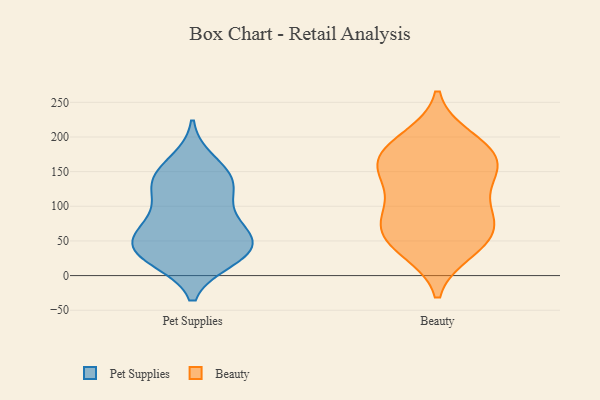
{"axis": {"x": "Budget (USD K)", "y": "Value"}, "legend": ["Beauty", "Pet Supplies"], "data": [{"x": "", "y": 164, "type": "Pet Supplies"}, {"x": "", "y": 69, "type": "Pet Supplies"}, {"x": "", "y": 46, "type": "Pet Supplies"}, {"x": "", "y": 125, "type": "Pet Supplies"}, {"x": "", "y": 143, "type": "Pet Supplies"}, {"x": "", "y": 24, "type": "Pet Supplies"}, {"x": "", "y": 138, "type": "Pet Supplies"}, {"x": "", "y": 33, "type": "Pet Supplies"}, {"x": "", "y": 102, "type": "Pet Supplies"}, {"x": "", "y": 27, "type": "Pet Supplies"}, {"x": "", "y": 67, "type": "Pet Supplies"}, {"x": "", "y": 68, "type": "Pet Supplies"}, {"x": "", "y": 134, "type": "Pet Supplies"}, {"x": "", "y": 40, "type": "Pet Supplies"}, {"x": "", "y": 37, "type": "Pet Supplies"}, {"x": "", "y": 81, "type": "Beauty"}, {"x": "", "y": 131, "type": "Beauty"}, {"x": "", "y": 164, "type": "Beauty"}, {"x": "", "y": 82, "type": "Beauty"}, {"x": "", "y": 113, "type": "Beauty"}, {"x": "", "y": 44, "type": "Beauty"}, {"x": "", "y": 152, "type": "Beauty"}, {"x": "", "y": 199, "type": "Beauty"}, {"x": "", "y": 62, "type": "Beauty"}, {"x": "", "y": 71, "type": "Beauty"}, {"x": "", "y": 195, "type": "Beauty"}, {"x": "", "y": 82, "type": "Beauty"}, {"x": "", "y": 39, "type": "Beauty"}, {"x": "", "y": 35, "type": "Beauty"}, {"x": "", "y": 160, "type": "Beauty"}, {"x": "", "y": 176, "type": "Beauty"}, {"x": "", "y": 146, "type": "Beauty"}, {"x": "", "y": 177, "type": "Beauty"}]}